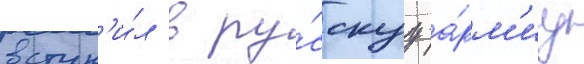
вступ'и́л в ру́сскуу а́рм'иу